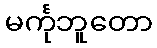
မင်္ကုဘူတော